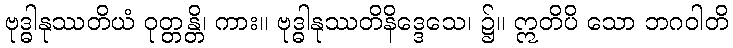
ဗုဒ္ဓါနုဿတိယံ ဝုတ္တန္တိ၊ ကား။ ဗုဒ္ဓါနုဿတိနိဒ္ဒေသေ၊ ၌။ ဣတိပိ သော ဘဂဝါတိ